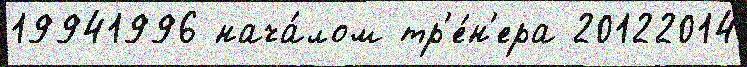
19941996 нача́лом тр'е́н'ера 20122014